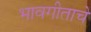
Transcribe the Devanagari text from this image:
भावगीताचे